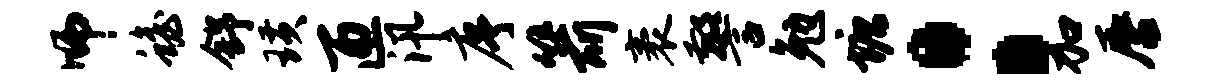
师蟾舒璜匝汛序箭袤警勉塘：加唇